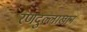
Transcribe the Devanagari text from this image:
रणदुल्लाखान